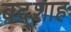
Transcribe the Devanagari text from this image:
बद्शाह